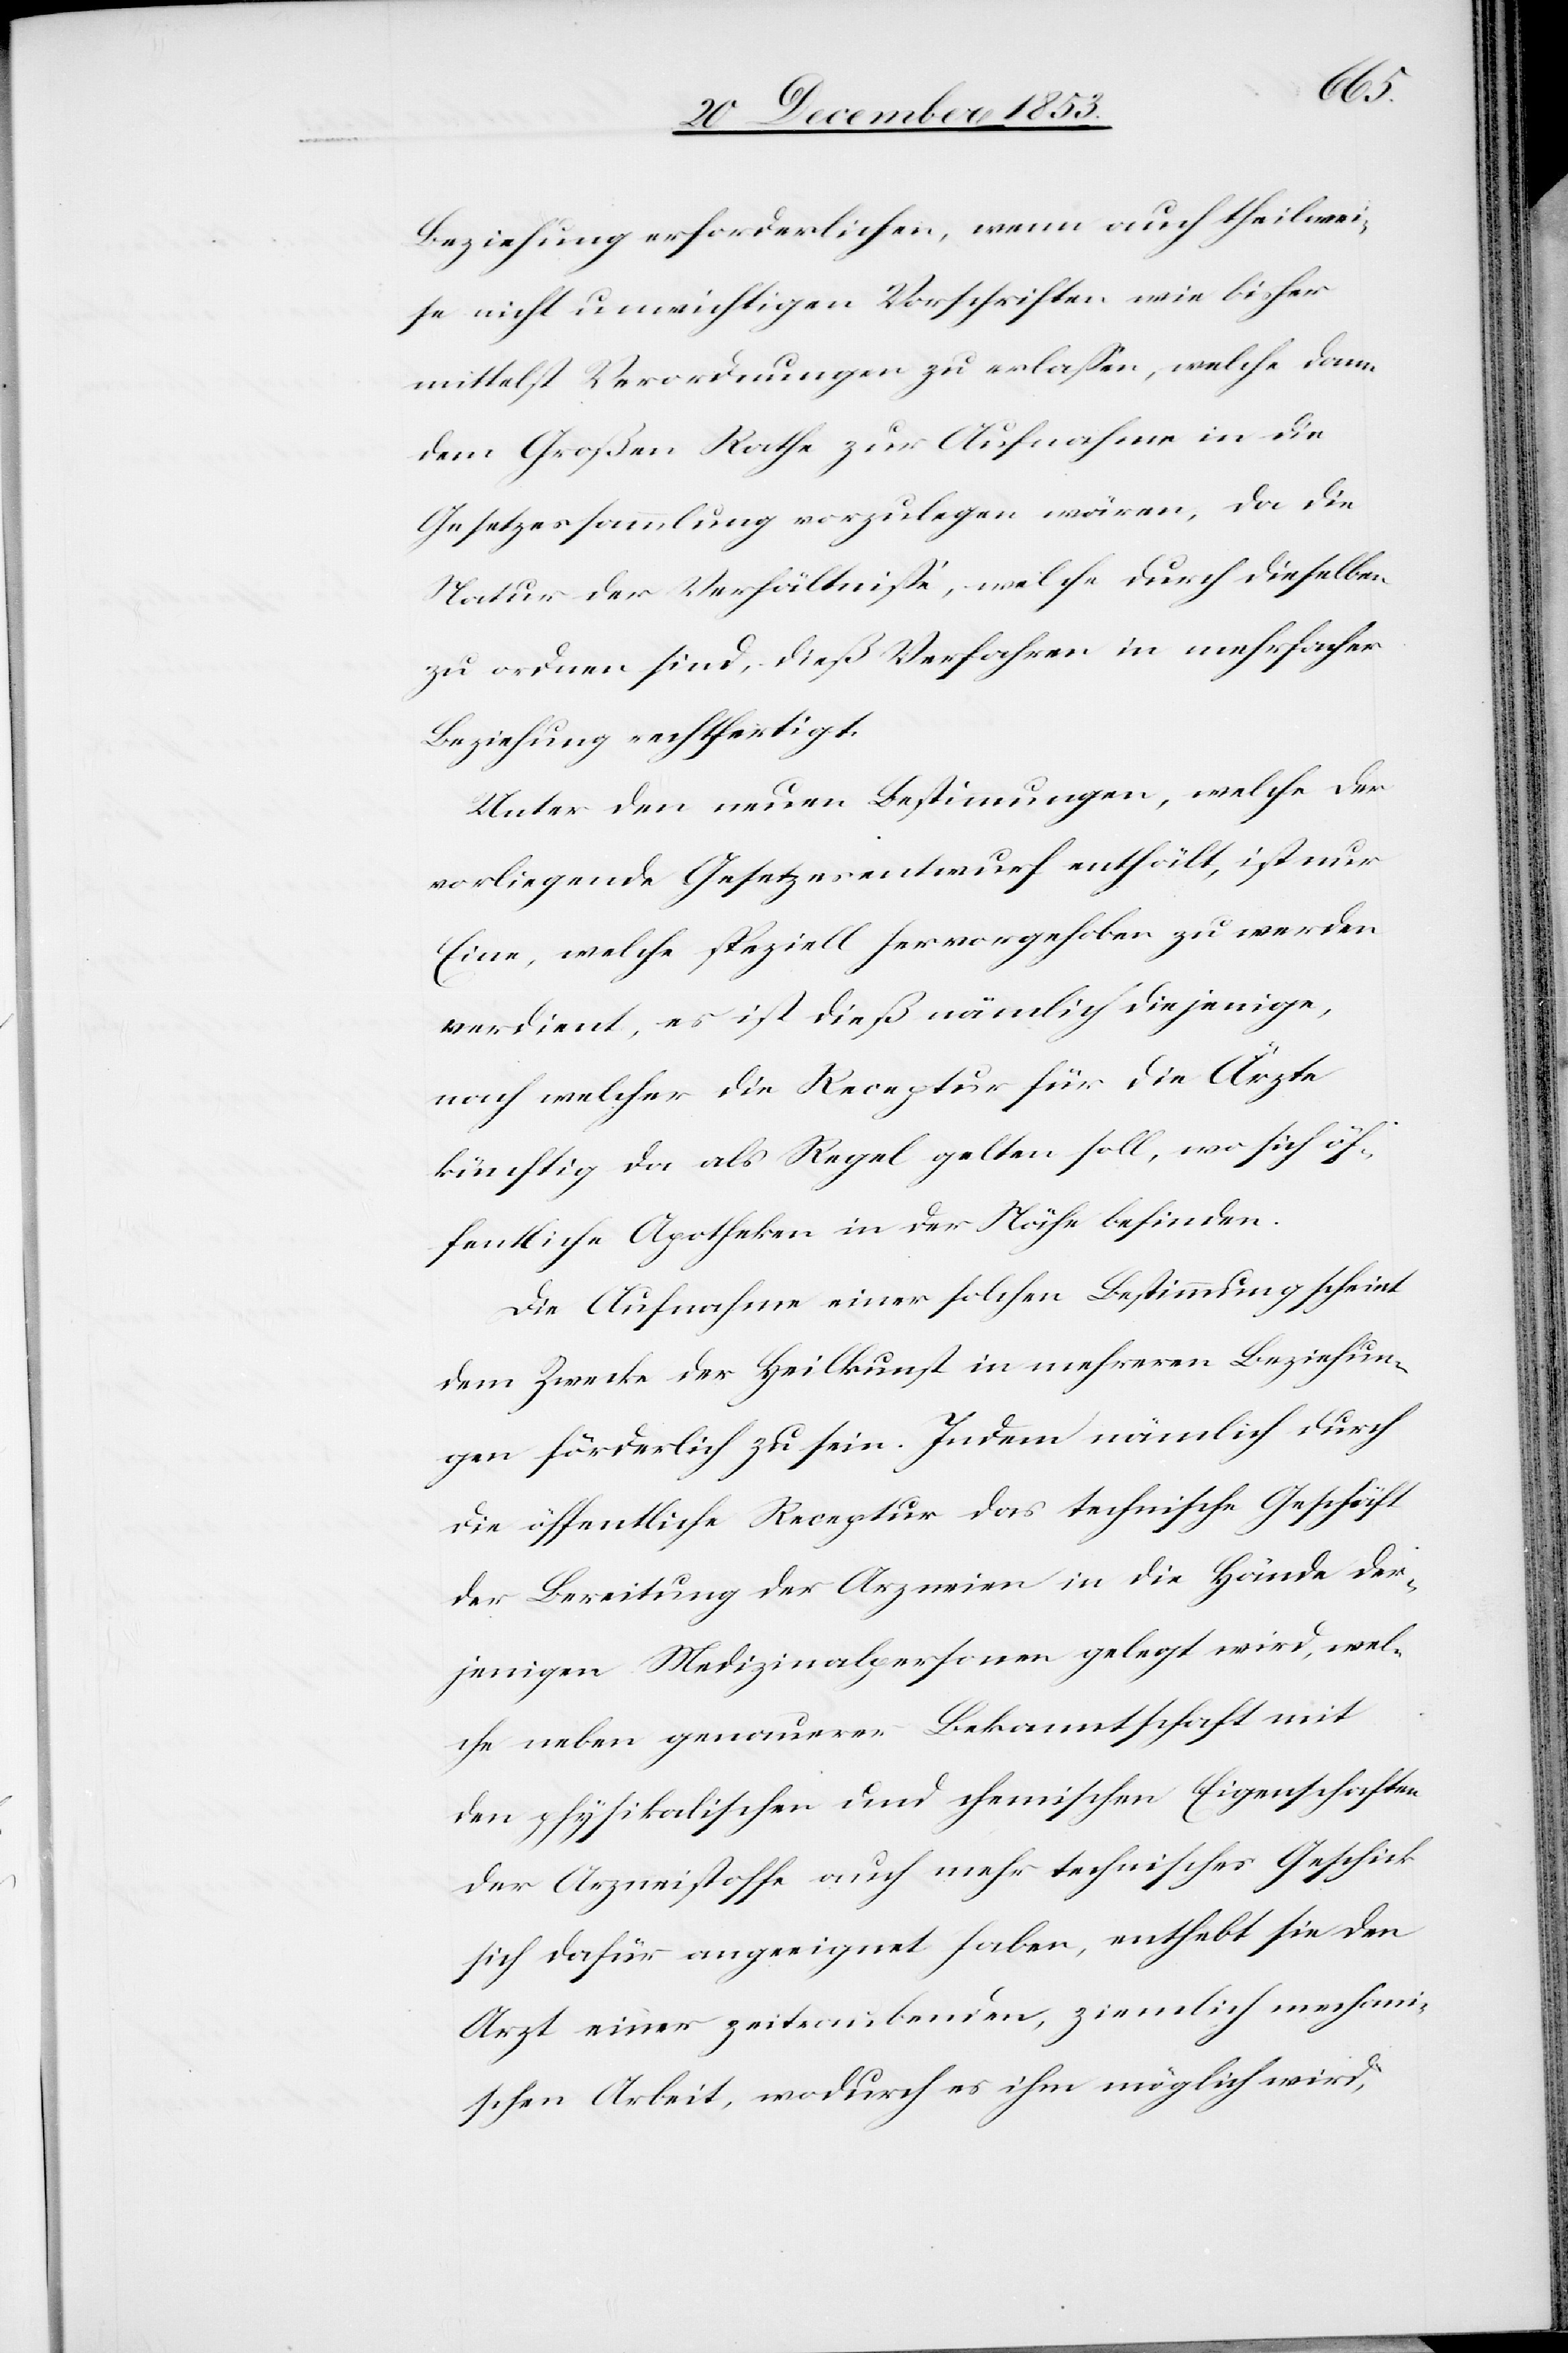
Beziehung erforderlichen, wenn auch theilwei¬
se nicht unwichtigen Vorschriften wie bisher
mittelst Verordnungen zu erlaßen, welche dann
dem Großen Rathe zur Aufnahme in die
Gesetzessammlung vorzulegen wären, da die
Natur der Verhältniße, welche durch dieselben
zu ordnen sind, dieß Verfahren in mehrfacher
Beziehung rechtfertigt.
Unter den neuen Bestimmungen, welche der
vorliegende Gesetzesentwurf enthält, ist nur
Eine, welche speziell hervorgehoben zu werden
verdient, es ist dieß nämlich diejenige,
nach welcher die Rezeptur für die Ärzte
künftig da als Regel gelten soll, wo sich öf¬
fentliche Apotheken in der Nähe befinden.
Die Aufnahme einer solchen Bestimmung scheint
dem Zwecke der Heilkunst in mehreren Beziehun¬
gen förderlich zu sein. Indem nämlich durch
die öffentliche Rezeptur das technische Geschäft
der Bereitung der Arzneien in die Hände der¬
jenigen Medizinalpersonen gelegt wird, wel¬
che neben genauerer Bekanntschaft mit
den physikalischen und technischen Eigenschaften
der Arzneistoffe auch mehr technisches Geschick
sich dafür angeeignet haben, enthebt sie den
Arzt einer zeitraubenden, ziemlich mechani¬
schen Arbeit, wodurch es ihm möglich wird,